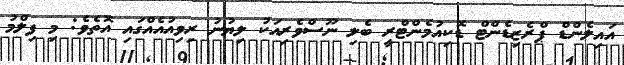
އައިލެންޑް ޕްރެޒިޑެންޓް ޑޮކިއުމެންޓްރީ ބެލި ނޫސްވެރިއަކު ލިޔުނު ރިވިއުއެއްގައި އޮތެވެ: މި ފިލްމު